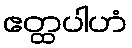
ဧတ္ထပါဟံ